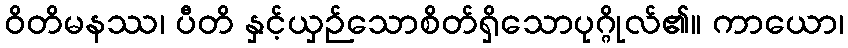
ဝိတိမနဿ၊ ပီတိ နှင့်ယှဉ်သောစိတ်ရှိသောပုဂ္ဂိုလ်၏။ ကာယော၊